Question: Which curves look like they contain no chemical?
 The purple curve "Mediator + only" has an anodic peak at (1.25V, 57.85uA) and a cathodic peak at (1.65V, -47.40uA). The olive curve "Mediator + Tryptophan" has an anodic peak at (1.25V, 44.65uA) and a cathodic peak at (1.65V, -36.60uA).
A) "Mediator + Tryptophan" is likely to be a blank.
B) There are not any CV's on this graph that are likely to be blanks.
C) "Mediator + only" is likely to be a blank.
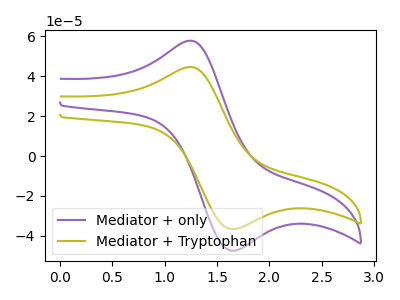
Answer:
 <answer>B) There are not any CV's on this graph that are likely to be blanks.</answer>
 <eval>B</eval>